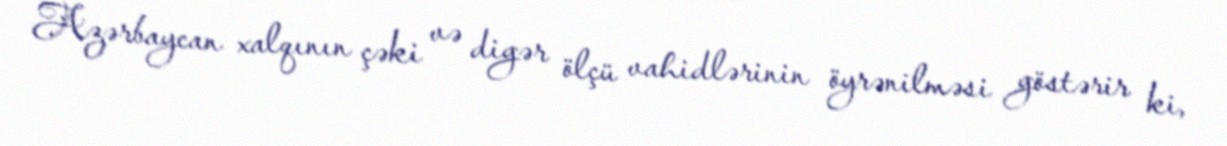
Azərbaycan xalqının çəki və digər ölçü vahidlərinin öyrənilməsi göstərir ki,